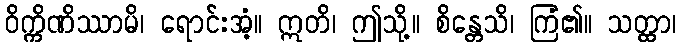
ဝိက္ကိဏိဿာမိ၊ ရောင်းအံ့။ ဣတိ၊ ဤသို့။ စိန္တေသိ၊ ကြံ၏။ သတ္ထာ၊